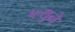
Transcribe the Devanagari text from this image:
ब्ल्यूने